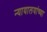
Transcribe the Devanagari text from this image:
न्यायालयांच्या